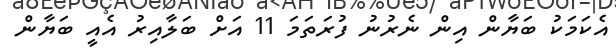
އެކަމަކު ބަޔާން އިން ނެރުނު ފުރަތަމަ 11 އަށް ބަލާއިރު އެއީ ބަޔާން